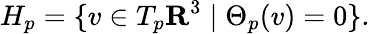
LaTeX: H_{p}=\{ v\in T_{p}\mathbf{R}^{3}\mid\Theta_{p}(v)=0\} .